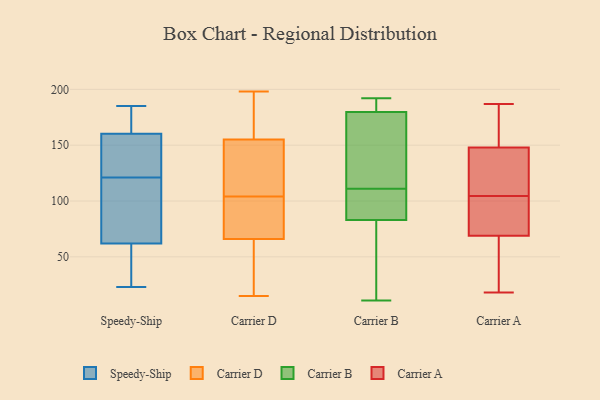
{"axis": {"x": "Net Income (USD K)", "y": "Value"}, "legend": ["Carrier A", "Carrier B", "Carrier D", "Speedy-Ship"], "data": [{"x": "", "y": 140, "type": "Speedy-Ship"}, {"x": "", "y": 121, "type": "Speedy-Ship"}, {"x": "", "y": 77, "type": "Speedy-Ship"}, {"x": "", "y": 183, "type": "Speedy-Ship"}, {"x": "", "y": 135, "type": "Speedy-Ship"}, {"x": "", "y": 23, "type": "Speedy-Ship"}, {"x": "", "y": 133, "type": "Speedy-Ship"}, {"x": "", "y": 50, "type": "Speedy-Ship"}, {"x": "", "y": 62, "type": "Speedy-Ship"}, {"x": "", "y": 171, "type": "Speedy-Ship"}, {"x": "", "y": 62, "type": "Speedy-Ship"}, {"x": "", "y": 185, "type": "Speedy-Ship"}, {"x": "", "y": 85, "type": "Speedy-Ship"}, {"x": "", "y": 167, "type": "Speedy-Ship"}, {"x": "", "y": 42, "type": "Speedy-Ship"}, {"x": "", "y": 73, "type": "Carrier D"}, {"x": "", "y": 46, "type": "Carrier D"}, {"x": "", "y": 188, "type": "Carrier D"}, {"x": "", "y": 69, "type": "Carrier D"}, {"x": "", "y": 24, "type": "Carrier D"}, {"x": "", "y": 104, "type": "Carrier D"}, {"x": "", "y": 136, "type": "Carrier D"}, {"x": "", "y": 125, "type": "Carrier D"}, {"x": "", "y": 76, "type": "Carrier D"}, {"x": "", "y": 167, "type": "Carrier D"}, {"x": "", "y": 155, "type": "Carrier D"}, {"x": "", "y": 89, "type": "Carrier D"}, {"x": "", "y": 15, "type": "Carrier D"}, {"x": "", "y": 155, "type": "Carrier D"}, {"x": "", "y": 198, "type": "Carrier D"}, {"x": "", "y": 41, "type": "Carrier D"}, {"x": "", "y": 195, "type": "Carrier D"}, {"x": "", "y": 65, "type": "Carrier D"}, {"x": "", "y": 136, "type": "Carrier D"}, {"x": "", "y": 11, "type": "Carrier B"}, {"x": "", "y": 111, "type": "Carrier B"}, {"x": "", "y": 110, "type": "Carrier B"}, {"x": "", "y": 86, "type": "Carrier B"}, {"x": "", "y": 190, "type": "Carrier B"}, {"x": "", "y": 192, "type": "Carrier B"}, {"x": "", "y": 161, "type": "Carrier B"}, {"x": "", "y": 136, "type": "Carrier B"}, {"x": "", "y": 38, "type": "Carrier B"}, {"x": "", "y": 82, "type": "Carrier B"}, {"x": "", "y": 186, "type": "Carrier B"}, {"x": "", "y": 161, "type": "Carrier A"}, {"x": "", "y": 96, "type": "Carrier A"}, {"x": "", "y": 73, "type": "Carrier A"}, {"x": "", "y": 47, "type": "Carrier A"}, {"x": "", "y": 129, "type": "Carrier A"}, {"x": "", "y": 94, "type": "Carrier A"}, {"x": "", "y": 65, "type": "Carrier A"}, {"x": "", "y": 47, "type": "Carrier A"}, {"x": "", "y": 174, "type": "Carrier A"}, {"x": "", "y": 134, "type": "Carrier A"}, {"x": "", "y": 62, "type": "Carrier A"}, {"x": "", "y": 142, "type": "Carrier A"}, {"x": "", "y": 154, "type": "Carrier A"}, {"x": "", "y": 117, "type": "Carrier A"}, {"x": "", "y": 187, "type": "Carrier A"}, {"x": "", "y": 75, "type": "Carrier A"}, {"x": "", "y": 177, "type": "Carrier A"}, {"x": "", "y": 18, "type": "Carrier A"}, {"x": "", "y": 113, "type": "Carrier A"}, {"x": "", "y": 86, "type": "Carrier A"}]}